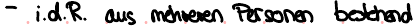
- i.d.R. aus mehreren Personen bestehend